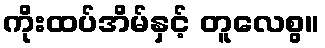
ကိုးထပ်အိမ်နှင့် တူလေစွ။